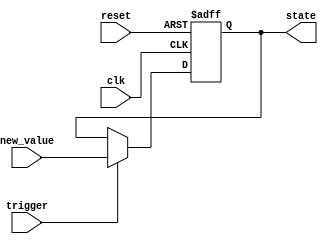
module hold_condition (
    input wire clk,            // Clock signal
    input wire reset,          // Reset signal
    input wire trigger,        // Trigger condition to release hold
    input wire [7:0] new_value,// New value to update the state variable
    output reg [7:0] state     // Output reflecting the state variable
);

    // State variable initialization
    initial begin
        state = 8'b0;          // Initial state
    end

    // Always block sensitive to clock and reset
    always @(posedge clk or posedge reset) begin
        if (reset) begin
            state <= 8'b0;      // Reset state to initial value
        end else if (trigger) begin
            state <= new_value; // Update state variable if trigger condition is met
        end
        // If trigger is not met, state retains its current value (hold condition)
    end

endmodule